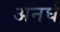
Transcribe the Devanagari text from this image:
अनर्घ